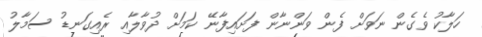
ހަލާކު ވެގެން ނަވަށް ފެން ވަންނާން ފަށައިފާނޭ ކަމަށް ދުވާލާއި ރެއިގަނޑު ސަމާލު